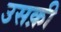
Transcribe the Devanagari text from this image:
उसक़ी